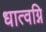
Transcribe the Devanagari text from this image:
धात्वग्नि